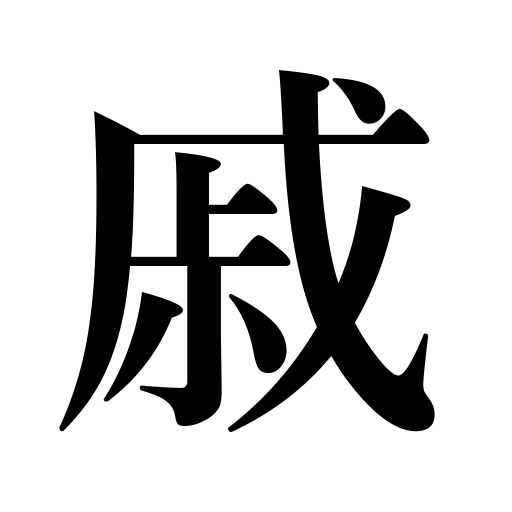
Meanings: sadness,relative